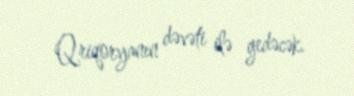
Qriqoryanın dəvəti ilə gedəcək.